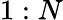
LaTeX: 1:N